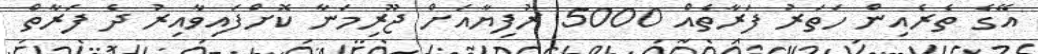
އޭގެ ތެރެއިން ހަތަރު ފަރާތެއް 5000 ރުފިޔާއަށް ޖޫރިމަނާ ކޮށްފައިވާއިރު ދެ ފަރާތް